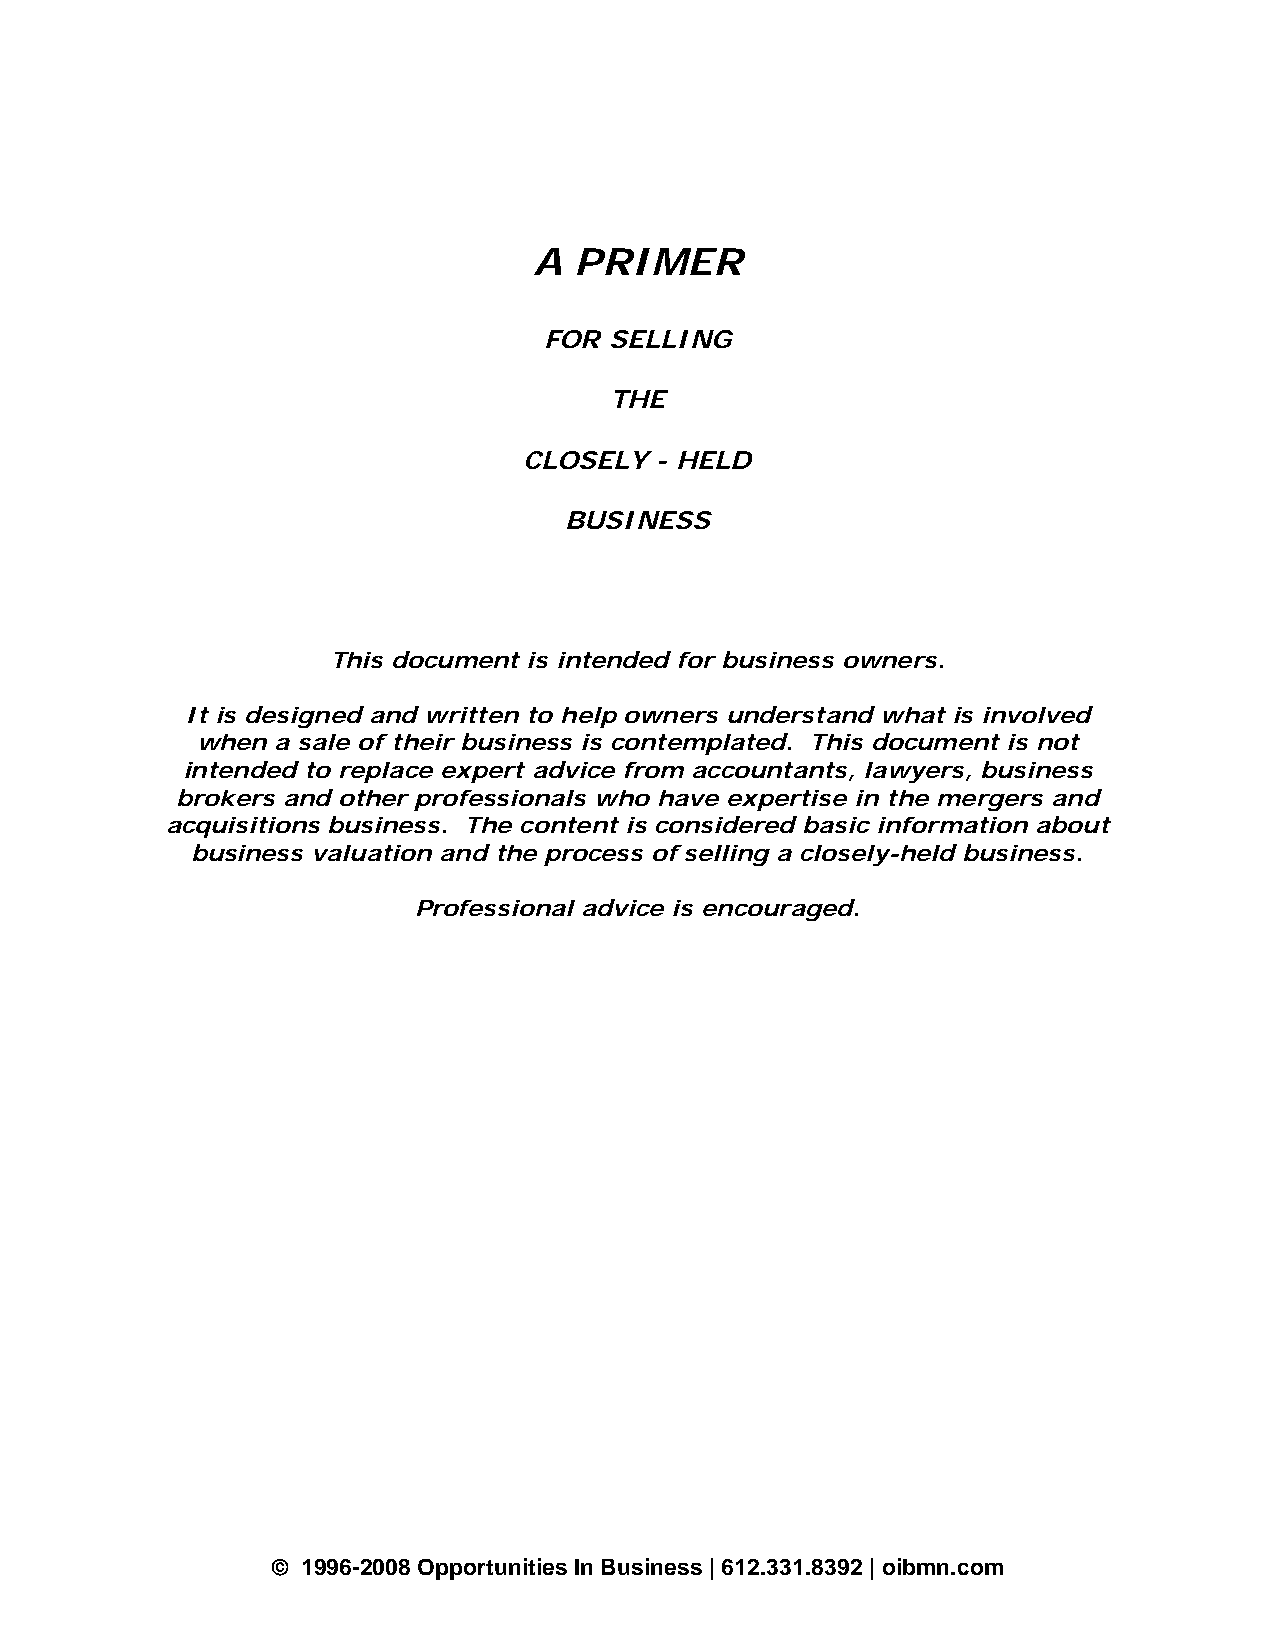
A  PRIMER
 FOR SELLING
 THE
 CLOSELY - HELD
 BUSINESS
 This document is intended for business owners.
 It is designed and written to help owners understand what is involved
 when a sale of their business is contemplated. This document is not
 intended to replace expert advice from accountants, lawyers, business
 brokers and other professionals who have expertise in the mergers and
 acquisitions business. The content is considered basic information about
 business valuation and the process of selling a closely-held business.
 Professional advice is encouraged.
 © 1996-2008 Opportunities In Business | 612.331.8392 | oibmn.com